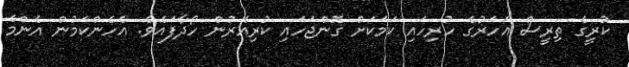
ކުރީގެ ތިރީސް އަހަރުގެ ހުރިހައި ކަމަކަށް ގޮންޖަހައި ކުރިއެރުން ހޯދާފައެވެ. އެހެންކަމުން އެންމެ